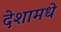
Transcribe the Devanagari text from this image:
देशामधे